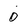
Character: 0